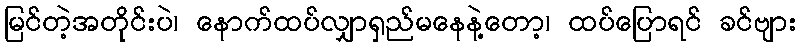
မြင်တဲ့အတိုင်းပဲ၊ နောက်ထပ်လျှာရှည်မနေနဲ့တော့၊ ထပ်ပြောရင် ခင်ဗျား